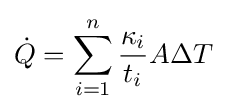
{\dot {Q}}=\sum _{i=1}^{n}{\frac {\kappa _{i}}{t_{i}}}{A}{\Delta T}